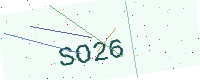
Text: SO26